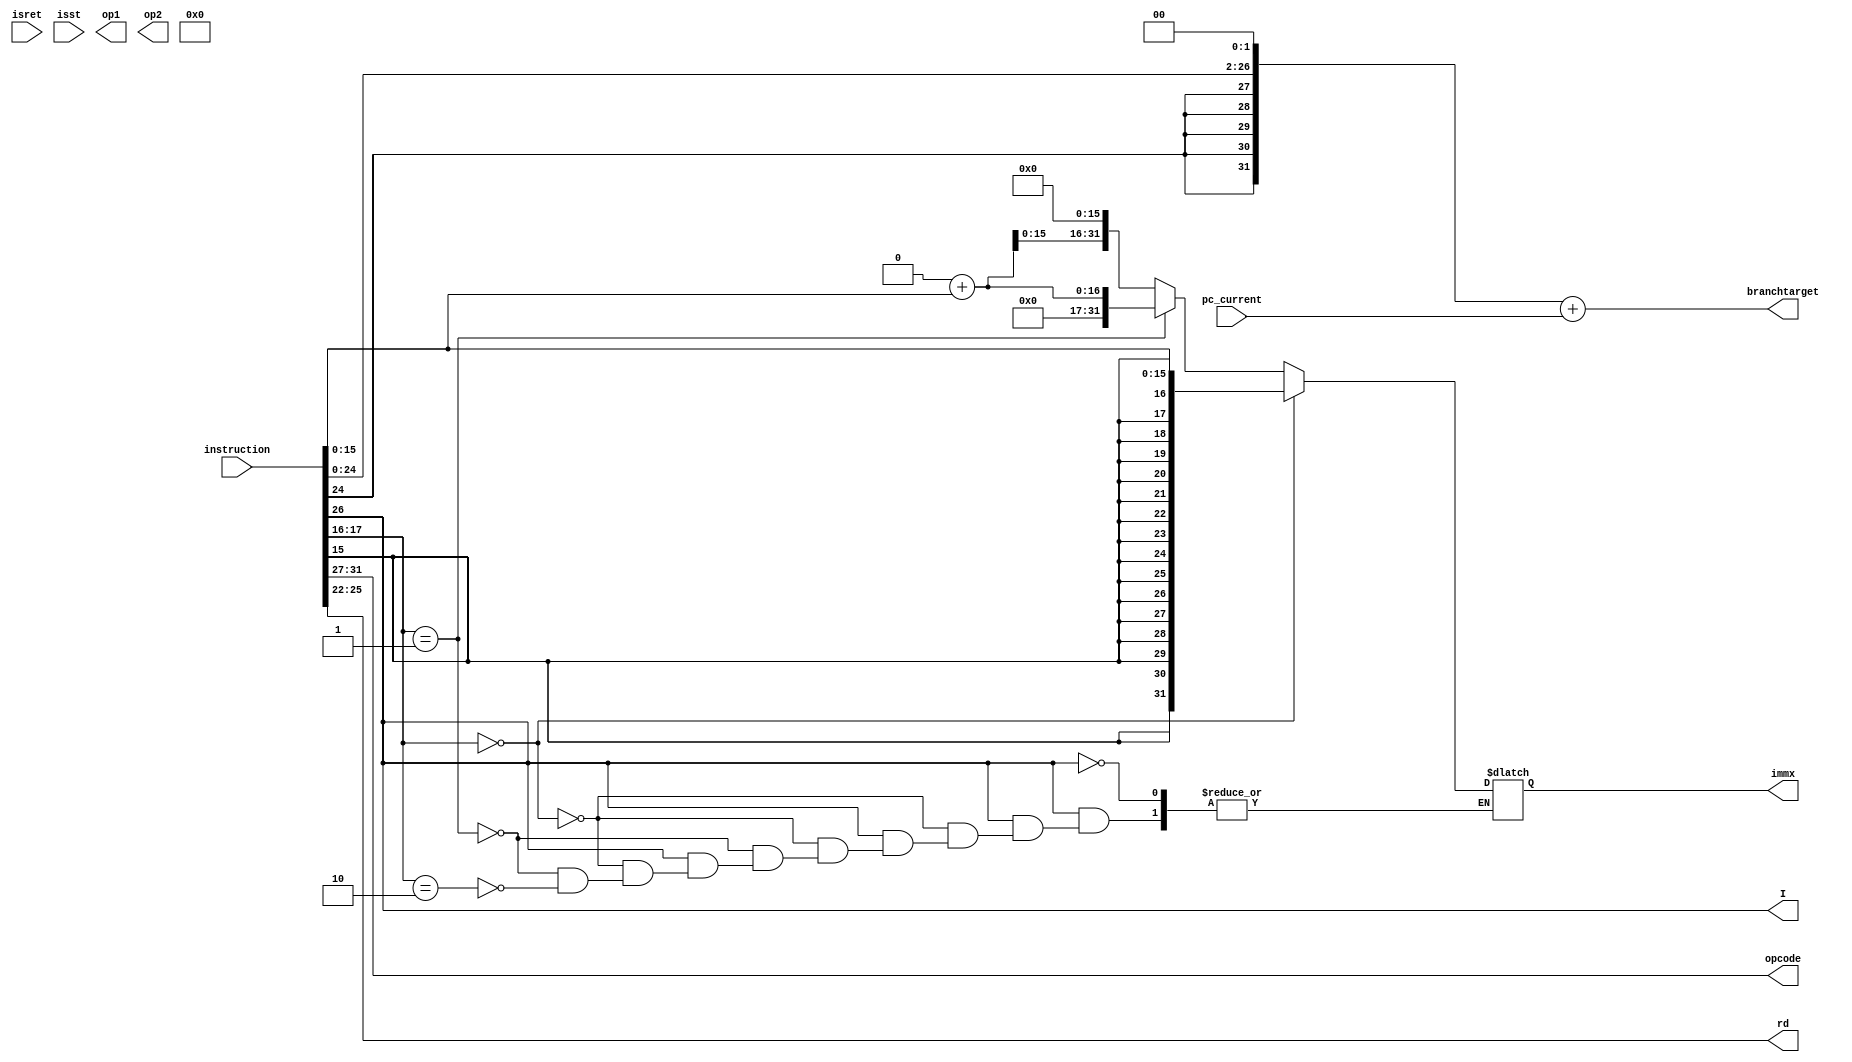
module  operand_fetch( instruction, pc_current,isret,isst,opcode, I, immx,branchtarget,op1,op2,rd); 
        
input [31:0] instruction,pc_current;
input isret,isst;
output [4:0] opcode;
output I;
output [3:0] rd;
output [31:0] immx,branchtarget,op1,op2;

wire [31:0] instruction,pc_current;
wire isret,isst;
reg [4:0] opcode;
reg I;
reg [3:0] rd;
reg [31:0] immx,branchtarget,op1,op2;
reg  signed [15:0] imm_temp;
reg signed [26:0] branch_temp;


 
            always @(*)
 
            begin
            branch_temp = instruction[26:0];
            opcode      = instruction[31:27];
            rd          = instruction[25:22];
            I           = instruction[26];
            imm_temp    = instruction[15:0];
            if (I==1)
            begin
            if (instruction[17:16] == 2'b00)
            begin
            immx        = imm_temp;
            end
            else if (instruction[17:16] == 2'b01)      // u      
            begin
            immx        = 32'd0;
            immx        = immx + instruction[15:0];
            end
            else if (instruction[17:16] == 2'b10)     // H
            begin
            immx        = 32'd0;
            immx        = immx + instruction[15:0];
            immx        = immx << 16;
            end
            end
       
           
           branch_temp  = branch_temp << 2;
           branchtarget = branch_temp;
           branchtarget = branchtarget + pc_current;
        
           
           if (isret == 1)
           begin
           p.a1 = 4'b1111;
           end
           else 
           begin
           p.a1 = instruction[21:18];
           end
           if ( isst == 1 )
           begin
           p.a2 = instruction[25:22];
           end
           else
           begin
           p.a2 = instruction[17:14];
           end
           op1 = p.d1;
           op2 = p.d2;
           end
           
          endmodule